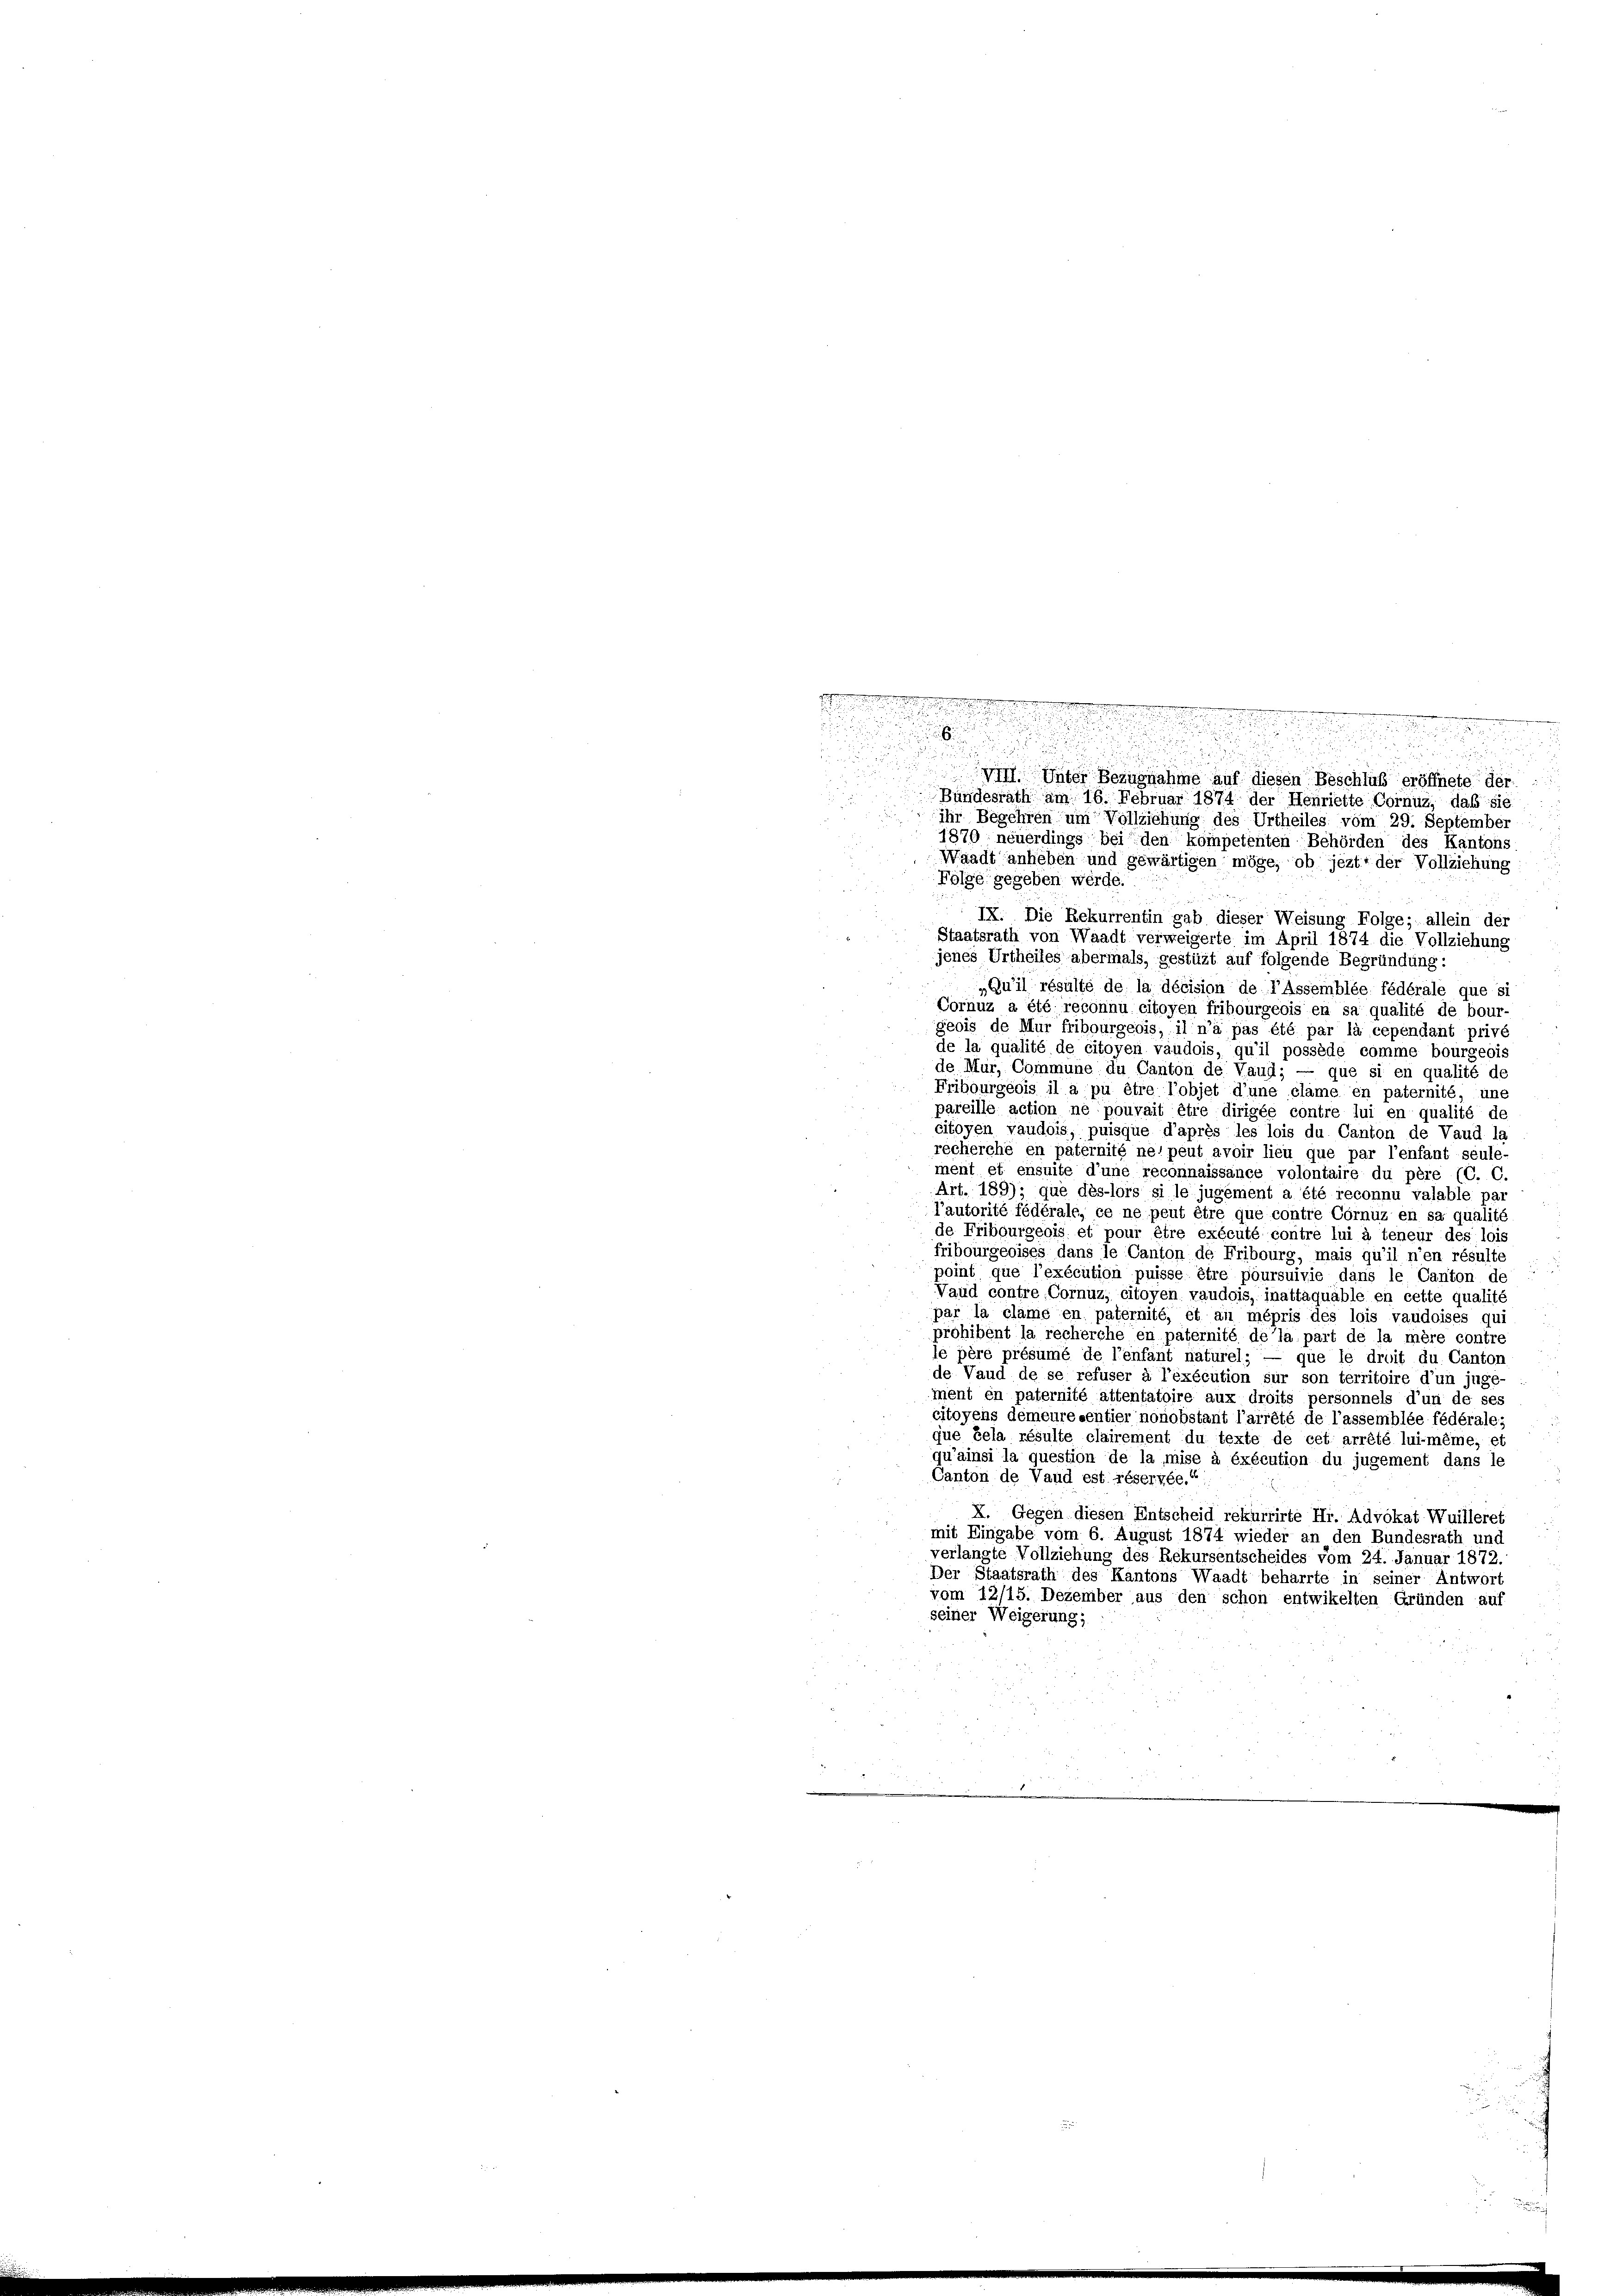
.
1
u
.

u
vil. Unter Bezugnahme auf diesen Beschluß eröffnete der
Bundesrath am 16. Februar 1874 der Henriette Cornuz, daß sie
a
ihr Begehren um Vollziehung des Urtheiles vom 29. September

1870 neuerdings bei den kompetenten Behörden des Kantons
Waadt anheben und gewärtigen möge, ob jezt der Vollziehung
Folge gegeben werde.
IX. Die Rekurrentin gab dieser Weisung Folge; allein der
Staatsrath von Waadt verweigerte im April 1874 die Vollziehung
jenes Urtheiles abermals, gestüzt auf folgende Begründung:
Qu’il résulté de la décision de l’Assemblée fédérale que si
Cornuz a été reconnu citoyen fribourgeois en sa qualité de bour-
geois de Mur fribourgeois, il n’a pas été par la cependant privé
de la qualité de citoyen vaudois, qu’il possède comme bourgeois
de Mur, Commune du Canton de Vaud; — que si en qualité de
Fribourgeois il a pu être l’objet d’une clame en paternité, une
pareille action ne pouvait être dirigée contre lui en qualité de
citoyen vaudois, puisque d’après les lois du Canton de Vaud la
recherche en paternité nel peut avoir lieu que par l’enfant seule-
ment et ensuite d’une reconnaissance volontaire du père (C. C.
Art. 189); que des-lors si le jugement a été reconnu valable par
l’autorité fédérale, ce ne peut être que contre Cornuz en sa qualité
de Fribourgeois et pour être exécuté contre lui à teneur des lois
fribourgeoises dans le Canton de Fribourg, mais qu’il n’en résulte
point que l’exécution puisse être poursuivie dans le Canton de
Vaud contre Cornuz, citoyen vaudois, inattaquäble en cette qualité
par la clame en paternité, et an mépris des lois vaudoises qui
prohibent la recherche en paternité de la part de la mère contre
le père présumé de l’enfant naturel; — que le droit du Canton
de Vaud de se refuser à l’éxécution sur son territoire d’un juge-
ment en paternité attentatoire aux droits personnels d’un de ses
citoyens demeure sentier nonobstant l’arrêté de l’assemblée fédérale;
que bela résulte clairement du texte de cet arrêté lui-même, et
qu’ainsi la question de la mise à éxécution du jugement dans le
Canton de Vaud est réservée.“
X. Gegen diesen Entscheid rekurrirte Hr. Advokat Wuilleret
mit Eingabe vom 6. August 1874 wieder an den Bundesrath und
verlangte Vollziehung des Rekursentscheides vom 24. Januar 1872.
Der Staatsrath des Kantons Waadt beharrte in seiner Antwort
vom 12/15. Dezember aus den schon entwikelten Gründen auf
seiner Weigerung;